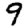
Digit: 9